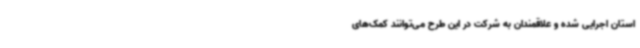
استان اجرایی شده و علاقمندان به شرکت در این طرح می‌توانند کمک‌های